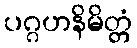
ပဂ္ဂဟနိမိတ္တံ